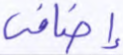
إضافي